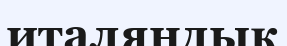
италяндық